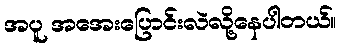
အပူ အအေးပြောင်းလဲလို့နေပါတယ်။